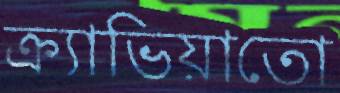
ক্র্যাভিয়াতো